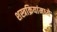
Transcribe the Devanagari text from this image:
शस्त्रक्रियांमध्ये